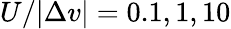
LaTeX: U/|\Delta v|=0.1,1,10